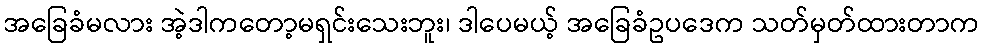
အခြေခံမလား အဲ့ဒါကတော့မရှင်းသေးဘူး၊ ဒါပေမယ့် အခြေခံဥပဒေက သတ်မှတ်ထားတာက